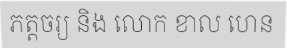
ភត្តចរ្យ និង លោក ខាល ហេន